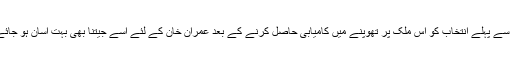
وقت سے پہلے انتخاب کو اس ملک پر تھوپنے میں کامیابی حاصل کرنے کے بعد عمران خان کے لئے اسے جیتنا بھی بہت آسان ہو جائے گا۔